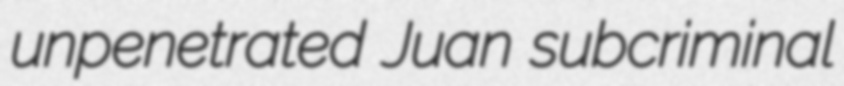
unpenetrated Juan subcriminal